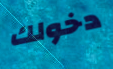
دخولك